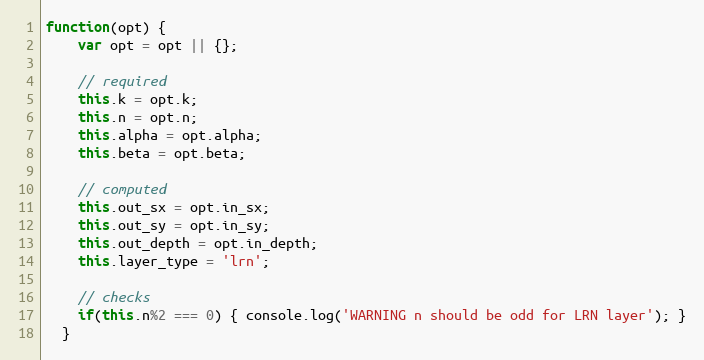
Language: JavaScript
function(opt) {
    var opt = opt || {};

    // required
    this.k = opt.k;
    this.n = opt.n;
    this.alpha = opt.alpha;
    this.beta = opt.beta;

    // computed
    this.out_sx = opt.in_sx;
    this.out_sy = opt.in_sy;
    this.out_depth = opt.in_depth;
    this.layer_type = 'lrn';

    // checks
    if(this.n%2 === 0) { console.log('WARNING n should be odd for LRN layer'); }
  }